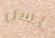
بسن